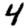
Digit: 4